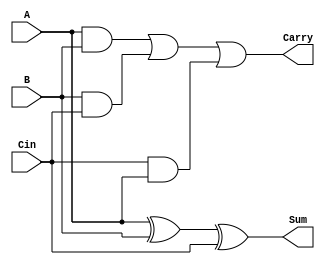
module FullAdder(
  
  input A,
  input B,
  input Cin,
  output Sum,
  output Carry
  
);
  
  assign Sum = A^B^Cin;
  assign Carry = A&B | B&Cin | Cin&A;
  
endmodule